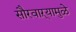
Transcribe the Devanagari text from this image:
सौरवाऱ्यामुळे